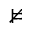
\nvDash